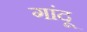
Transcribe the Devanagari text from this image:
गांदू